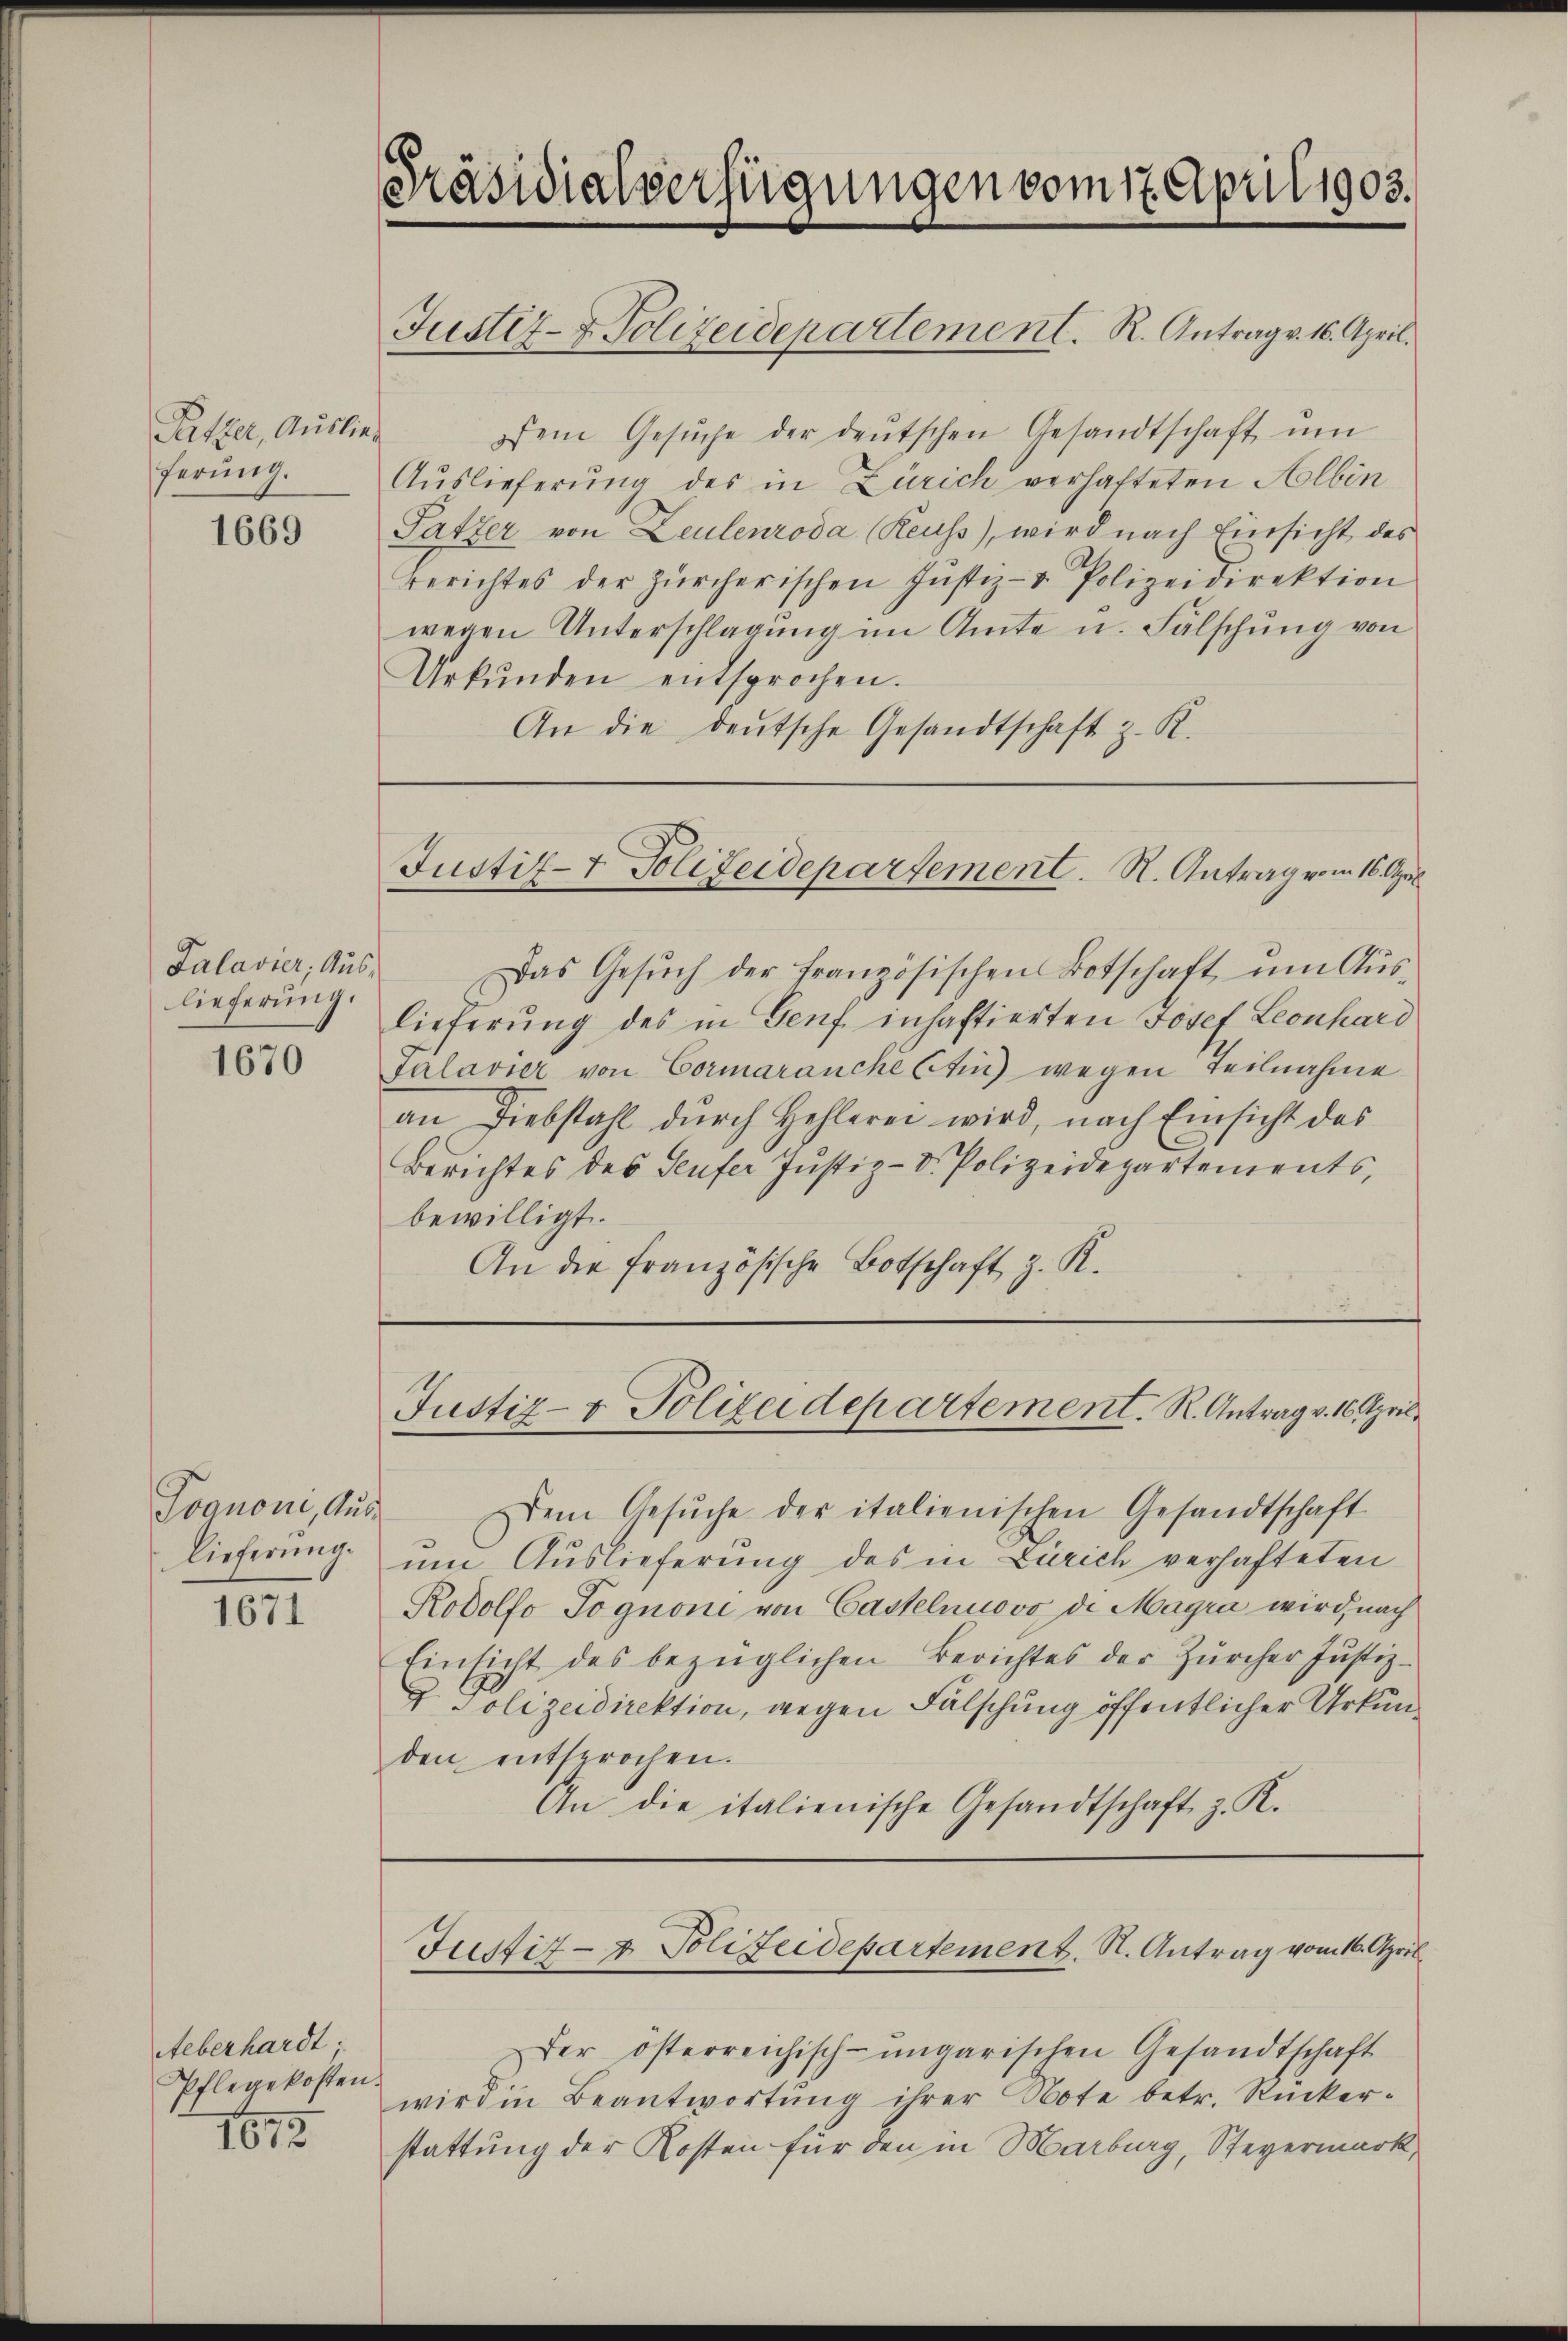
Patzer, Auslieferung.

1669

Palavier, Auslieferung.

1670

Pvanoni, Auslieferung.

1671

Aeberhardt
Pflegekosten.
1673

Präsidialverfügungen vom 17. April 1903.
Justiz- & Polizeidepartement. R. Antrag v. 16. April.

dem Gesŭche der deŭtschen Gesandtschaft ŭm
Auslieferung des in Zürich verhafteten Albin
Patzer von Leulenroda (Reuss), wird nach Einsicht des
Berichtes der Zürcherischen Jŭstiz- & Polizeidirektion
wegen Unterschlagung im Amte u. Fälschung von
Urkŭnden entsprochen.
An die deutsche Gesandtschaft z. K.

Dem Gesŭche der italienischen Gesandtschaft
um Auslieferung des in Zürich verhafteten
Rodolfo Tognone von Casselnuovo di Magra wird, nach
Einsicht des bezüglichen Berichtes der Zürcher Justiz-
2. Polizeidirektion, wegen Fälschung öffentlicher Urkunden entsprochen.
An die italienische Gesandtschaft z. K.

Justiz- & Polizeidepartement. N. Antrag vom 16. Apri

Das Gesŭch der französischen Botschaft ŭm Aŭs-
lieferung des in Genf inhaftierten Josef Leonhard
salavier von Cormaranche Etin) wegen Teilnahme
an Diebstahl durch Hehlerei wird, nach Einsicht des
Berichtes des Teufer Justiz-Dr. Polizeidepartements,
bewilligt.
An die französische Botschaft z. K.

Justiz- & Polizeidepartement. R. Antrag v. 16. April

Justiz- & Polizeidepartement. St. Antrag vom 16. April.

Der österreichisch-ungarischen Gesandtschaft
wird in Beantwortung ihrer Note betr. Ruckerstattung der Kosten für den in Marburg, Steyermark,